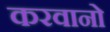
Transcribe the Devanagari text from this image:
करवानो